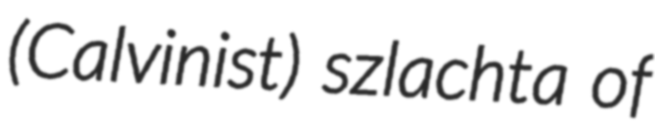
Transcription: (Calvinist) szlachta of